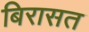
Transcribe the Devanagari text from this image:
बिरासत